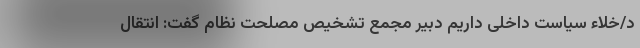
د/خلاءِ سیاست داخلی داریم دبیر مجمع تشخیص مصلحت نظام گفت: انتقال